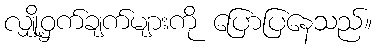
လျှို့ဝှက်ချက်များကို ပြောပြနေသည်။